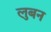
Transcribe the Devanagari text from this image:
लुबन